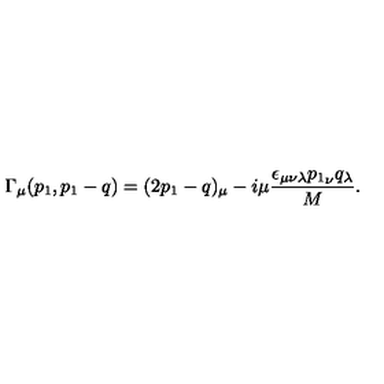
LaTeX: \Gamma _ { \mu } ( p _ { 1 } , p _ { 1 } - q ) = ( 2 p _ { 1 } - q ) _ { \mu } - i \mu { \frac { \epsilon _ { \mu \nu \lambda } { p _ { 1 } } _ { \nu } q _ { \lambda } } { M } } .